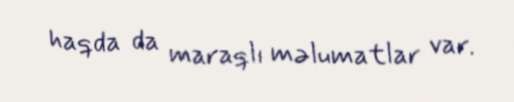
haqda da maraqlı məlumatlar var.